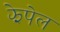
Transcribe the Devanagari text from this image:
झेपेल